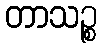
တာသဉ္စ